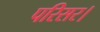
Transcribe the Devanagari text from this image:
परिसर।